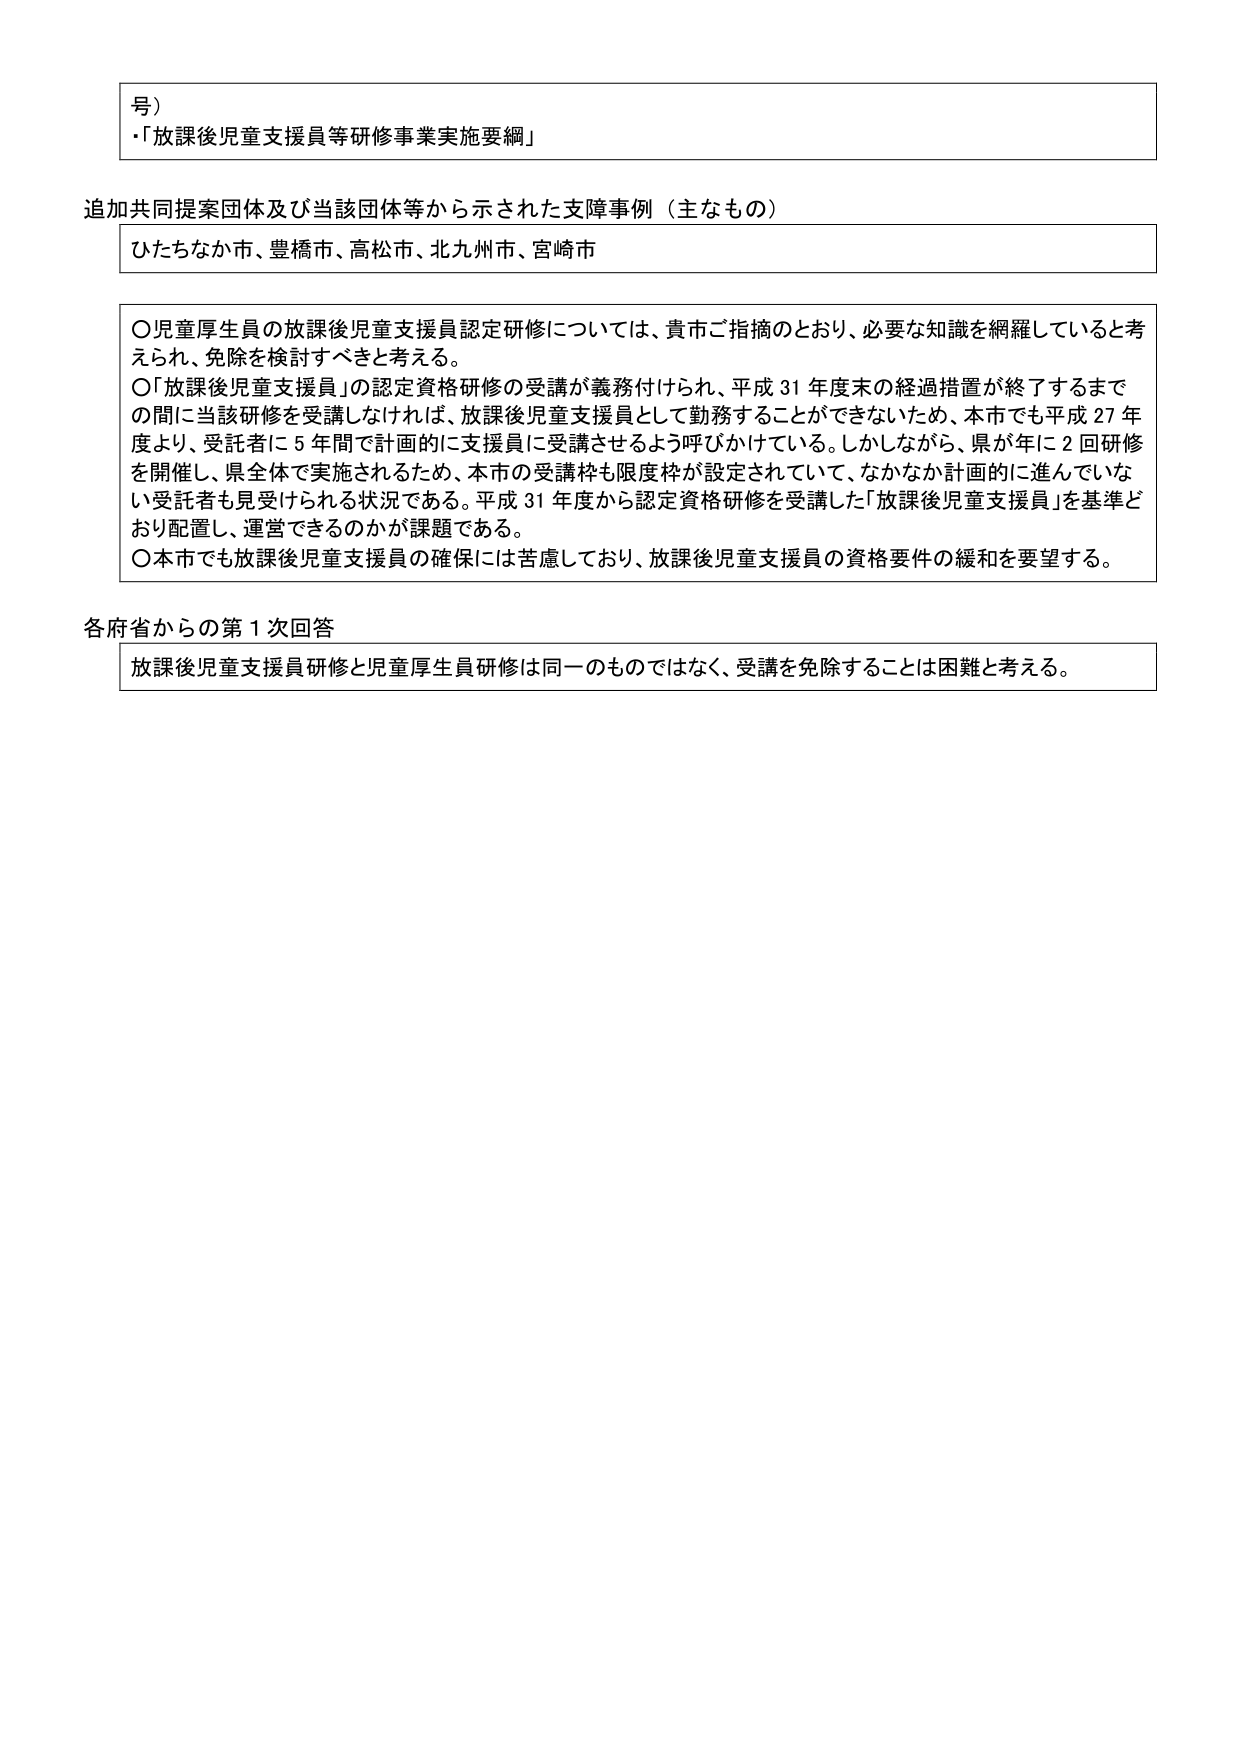
号）
・「放課後児童支援員等研修事業実施要綱」

追加共同提案団体及び当該団体等から示された支障事例（主なもの）
ひたちなか市、豊橋市、高松市、北九州市、宮崎市

〇児童厚生員の放課後児童支援員認定研修については、貴市ご指摘のとおり、必要な知識を網羅していると考えられ、免除を検討すべきと考える。
〇「放課後児童支援員」の認定資格研修の受講が義務付けられ、平成31年度末の経過措置が終了するまでの間に当該研修を受講しなければ、放課後児童支援員として勤務することができないため、本市でも平成27年度より、受託者に5年間で計画的に支援員に受講させるよう呼びかけている。しかしながら、県が年に2回研修を開催し、県全体で実施されるため、本市の受講枠も限度枠が設定されていて、なかなか計画的に進んでいない受託者も見受けられる状況である。平成31年度から認定資格研修を受講した「放課後児童支援員」を基準どおり配置し、運営できるのかが課題である。
〇本市でも放課後児童支援員の確保には苦慮しており、放課後児童支援員の資格要件の緩和を要望する。

各府省からの第1次回答
放課後児童支援員研修と児童厚生員研修は同一のものではなく、受講を免除することは困難と考える。